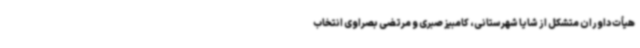
هیأت داوران متشکل از شایا شهرستانی، کامبیز صبری و مرتضی بصراوی انتخاب